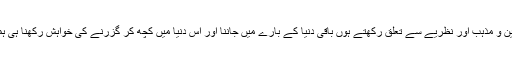
یہی وجہ ہے کہ ہم چاہے کسی بھی دین و مذہب اور نظریے سے تعلق رکھتے ہوں باقی دنیا کے بارے میں جاننا اور اس دنیا میں کچھ کر گزرنے کی خواہش رکھنا ہی ہماری سب سے بڑی خواہش ہوتی ہے۔